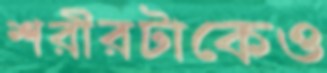
শরীরটাকেও